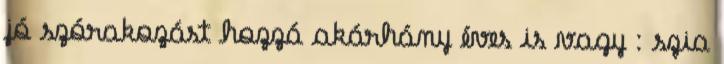
jó szórakozást hozzá akárhány éves is vagy : szia